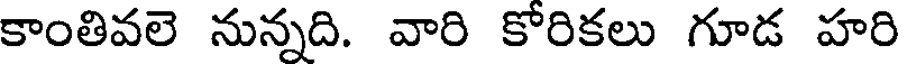
కాంతివలె నున్నది. వారి కోరికలు గూడ హరి